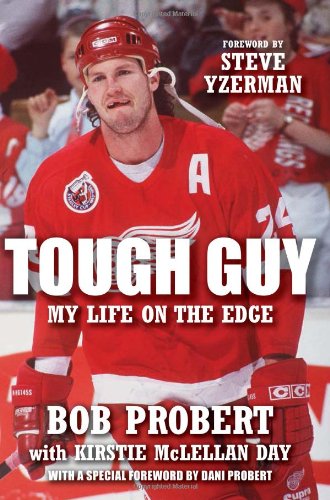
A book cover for Tough Guy: My Life on the Edge; Bob Probert; Biographies & Memoirs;